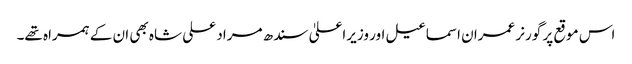
اس موقع پر گورنر عمران اسماعیل اور وزیراعلیٰ سندھ مراد علی شاہ بھی ان کے ہمراہ تھے۔